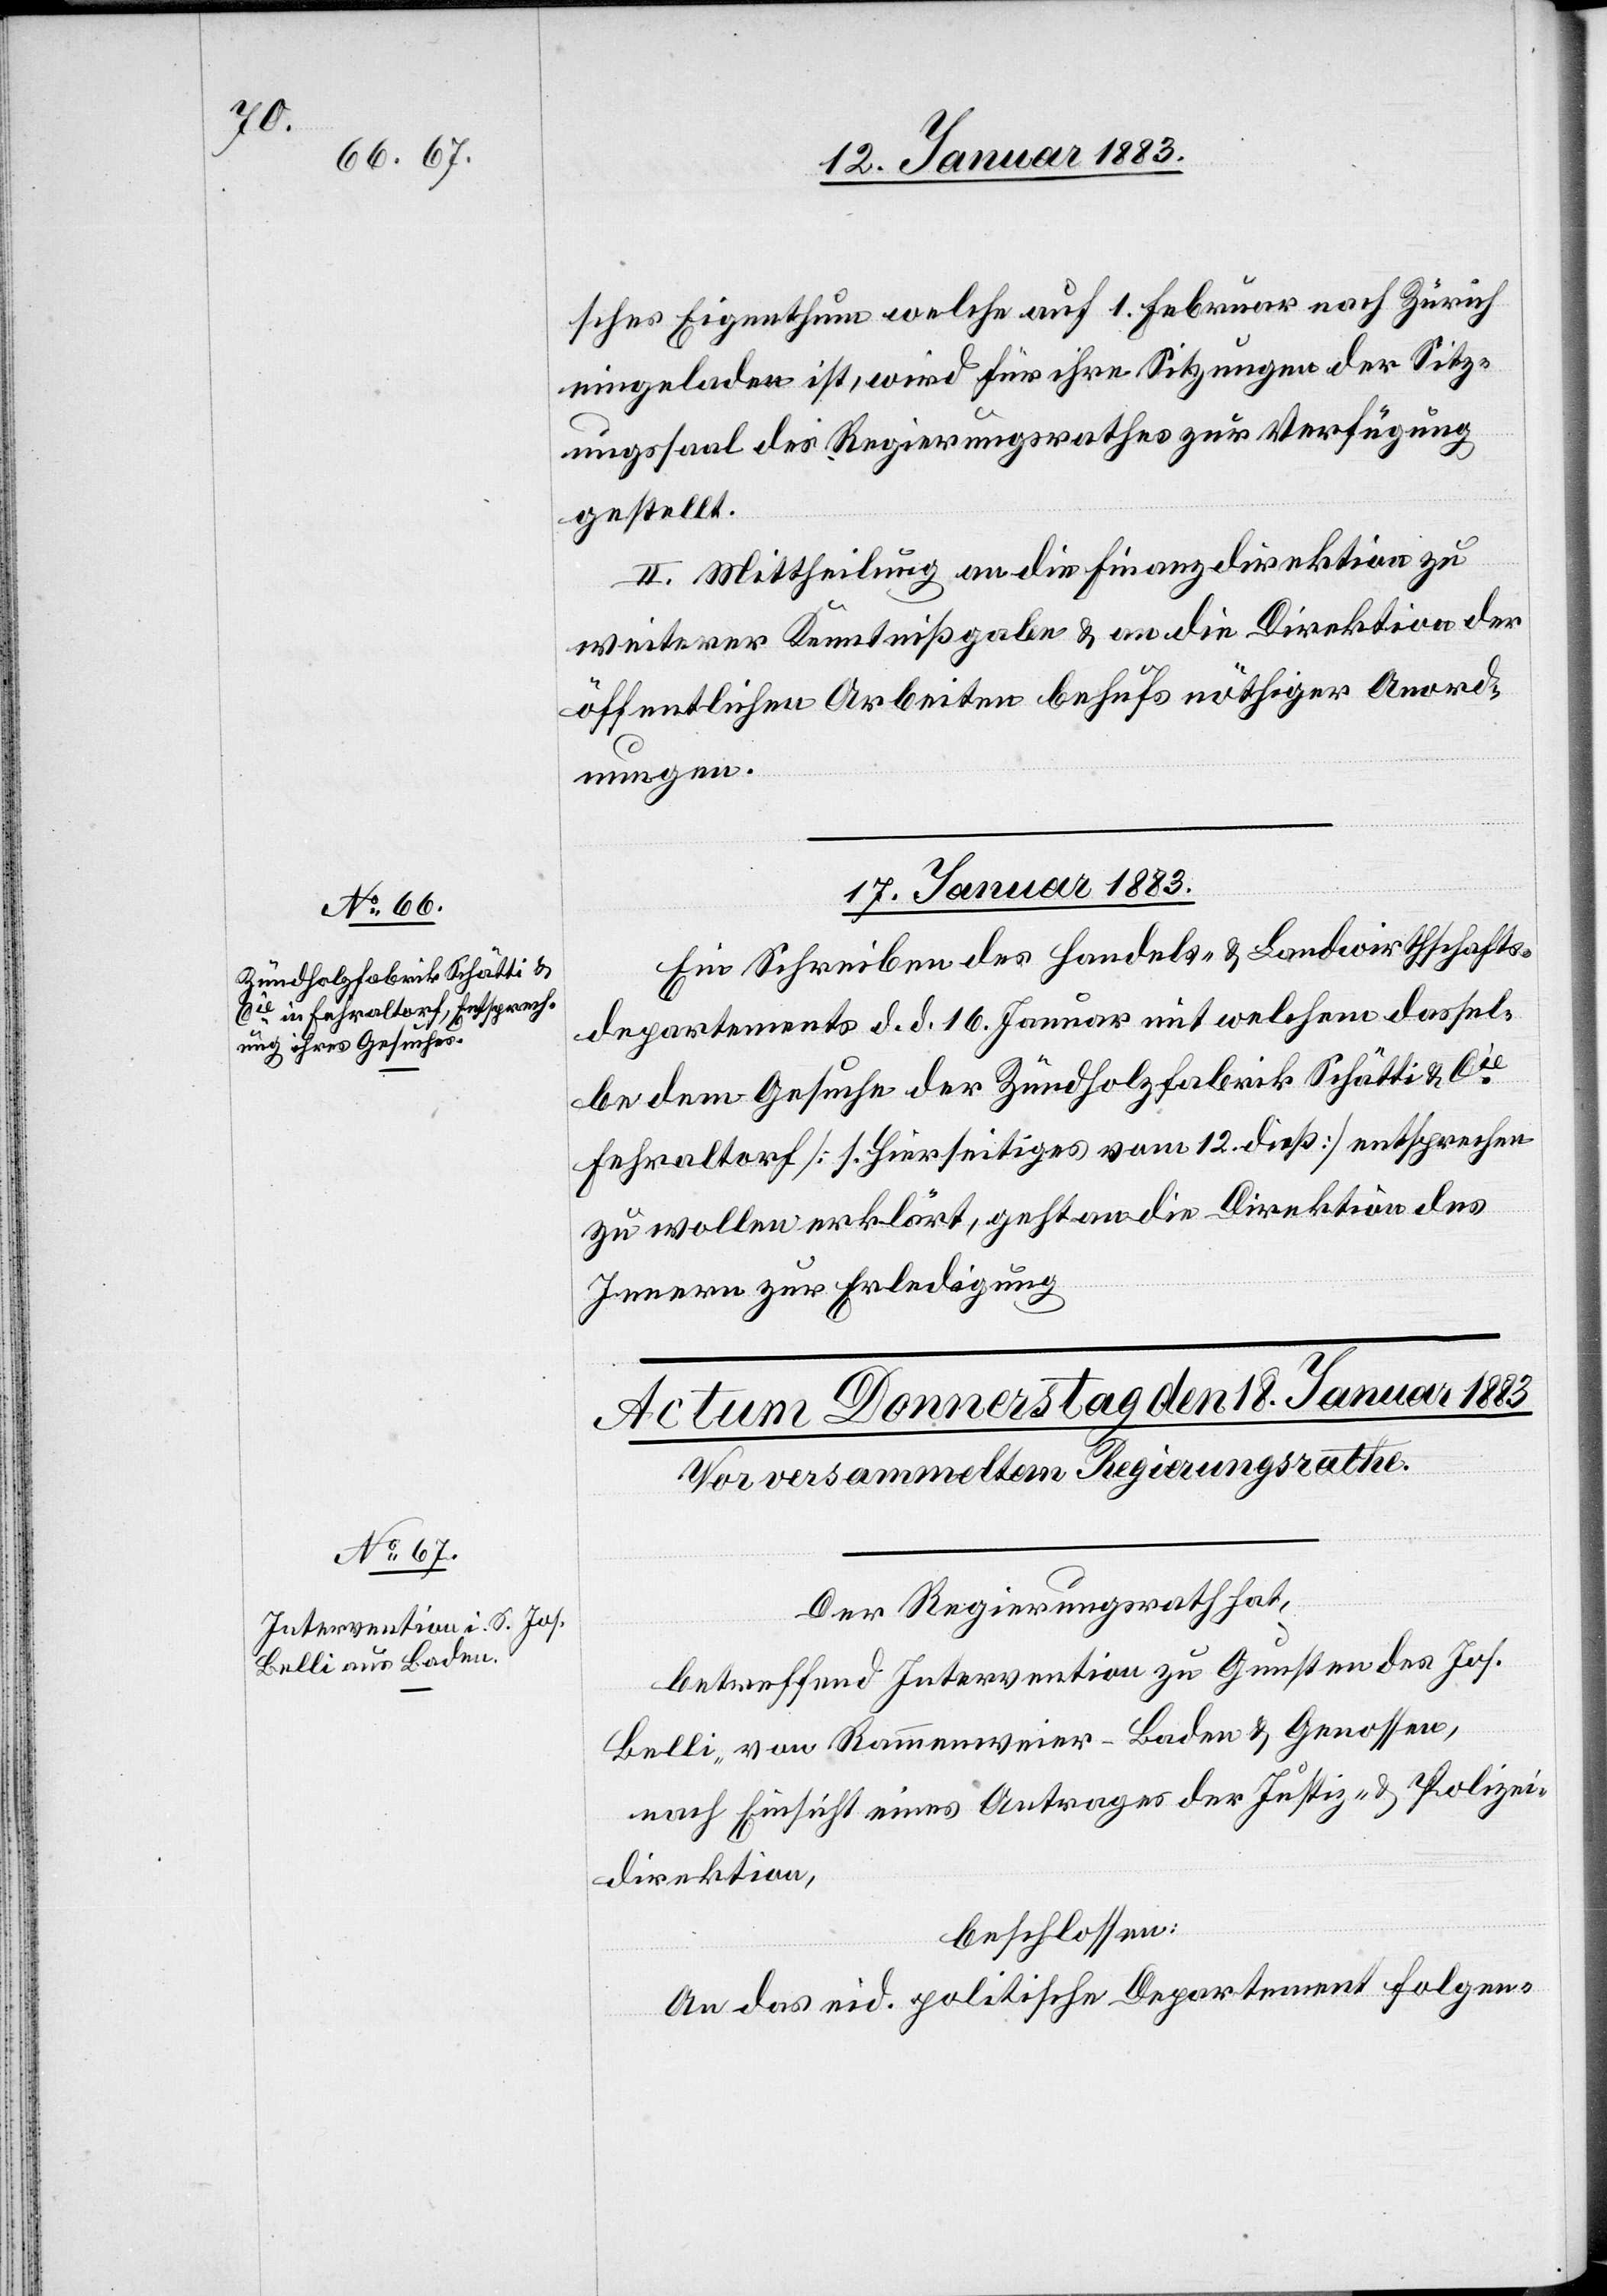
sches Eigenthum welche auf 1. Februar nach Zürich
eingeladen ist, wird für ihre Sitzungen der Sitz¬
ungssaal des Regierungsrathes zur Verfügung
gestellt.
II. Mittheilung an die Finanzdirektion zu
weiterer Kenntnißgabe & an die Direktion der
öffentlichen Arbeiten behufs nöthiger Anord¬
nungen.
17. Januar 1883.
Ein Schreiben des Handels- & Landwirthschafts¬
departements d. d. 16. Januar mit welchem dassel¬
be dem Gesuche der Zündholzfabrik Schätti & Cie
Fehraltorf [Hierseitiges vom 12. dieß] entsprechen
zu wollen erklärt, geht an die Direktion des
Innern zur Erledigung.
Der Regierungsrath hat,
betreffend Intervention zu Gunsten des Jos.
Belli, von Rammenweier - Baden & Genossen,
nach Einsicht eines Antrages der Justiz- & Polizei¬
direktion,
beschlossen:
An das eid. politische Departement folgen-